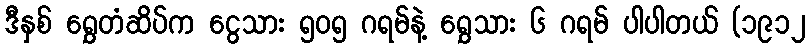
ဒီနှစ် ရွှေတံဆိပ်က ငွေသား ၅၀၅ ဂရမ်နဲ့ ရွှေသား ၆ ဂရမ် ပါပါတယ် (၁၉၁၂